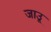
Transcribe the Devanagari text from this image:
जाउू